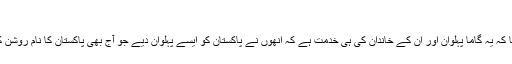
‘
ان کا کہنا تھا کہ یہ گاما پہلوان اور ان کے خاندان کی ہی خدمت ہے کہ انھوں نے پاکستان کو ایسے پہلوان دیے جو آج بھی پاکستان کا نام روشن کر رہے ہیں۔